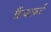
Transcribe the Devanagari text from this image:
फ्रैंकफ़र्ट